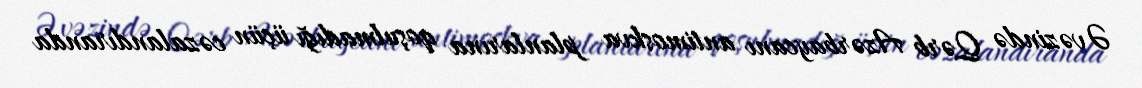
Əvəzində Qərb Azərbaycanı antimoskva planlarına qoşulmadığı üçün cəzalandıranda